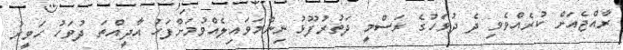
ރާއްޖެއަށް ކުރެއްވެވި ދެ ދުވަހުގެ ރަސްމީ ދަތުރުފޫޅު ނިންމަވައިލެއްވުމަށްފަހު އާދީއްތަ ދުވަހު ހަވީރު